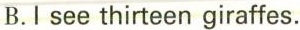
B.I see thirteen giraffes。